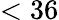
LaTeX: <36